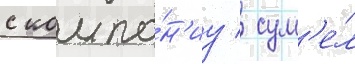
с компа́н'иу / сум'е́л